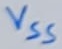
Text: VSS